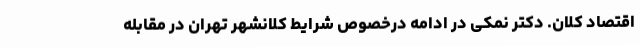
اقتصاد کلان. دکتر نمکی در ادامه درخصوص شرایط کلانشهر تهران در مقابله